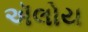
ઍલોય